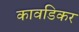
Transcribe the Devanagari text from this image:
कावडिकर